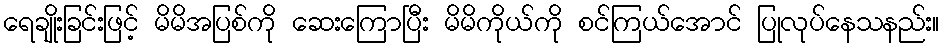
ရေချိုးခြင်းဖြင့် မိမိအပြစ်ကို ဆေးကြောပြီး မိမိကိုယ်ကို စင်ကြယ်အောင် ပြုလုပ်နေသနည်း။